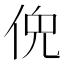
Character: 𫢤